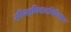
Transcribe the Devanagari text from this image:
सीमाविवादविनिश्चय